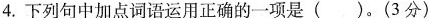
4.下列句中加点词语运用正确的一项是()。(3分)